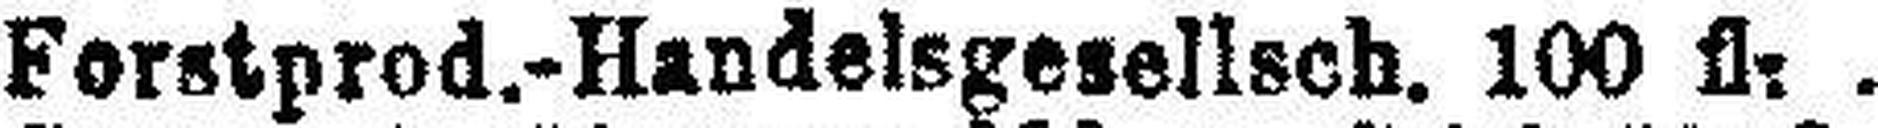
Forstprod.-Handelsgesellsch. 100 fl.